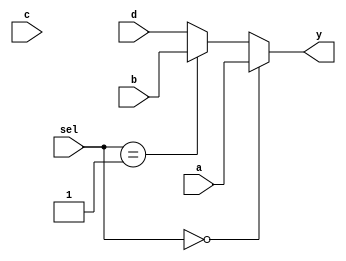
module mux4 #(parameter N = 8)
             (input[N-1:0] a, b, c, d,
              input[1:0] sel, 
              output[N-1:0] y);

assign y = sel == 00 ? a : 
           sel == 01 ? b :
           sel == 10 ? c :
                       d ;   

endmodule